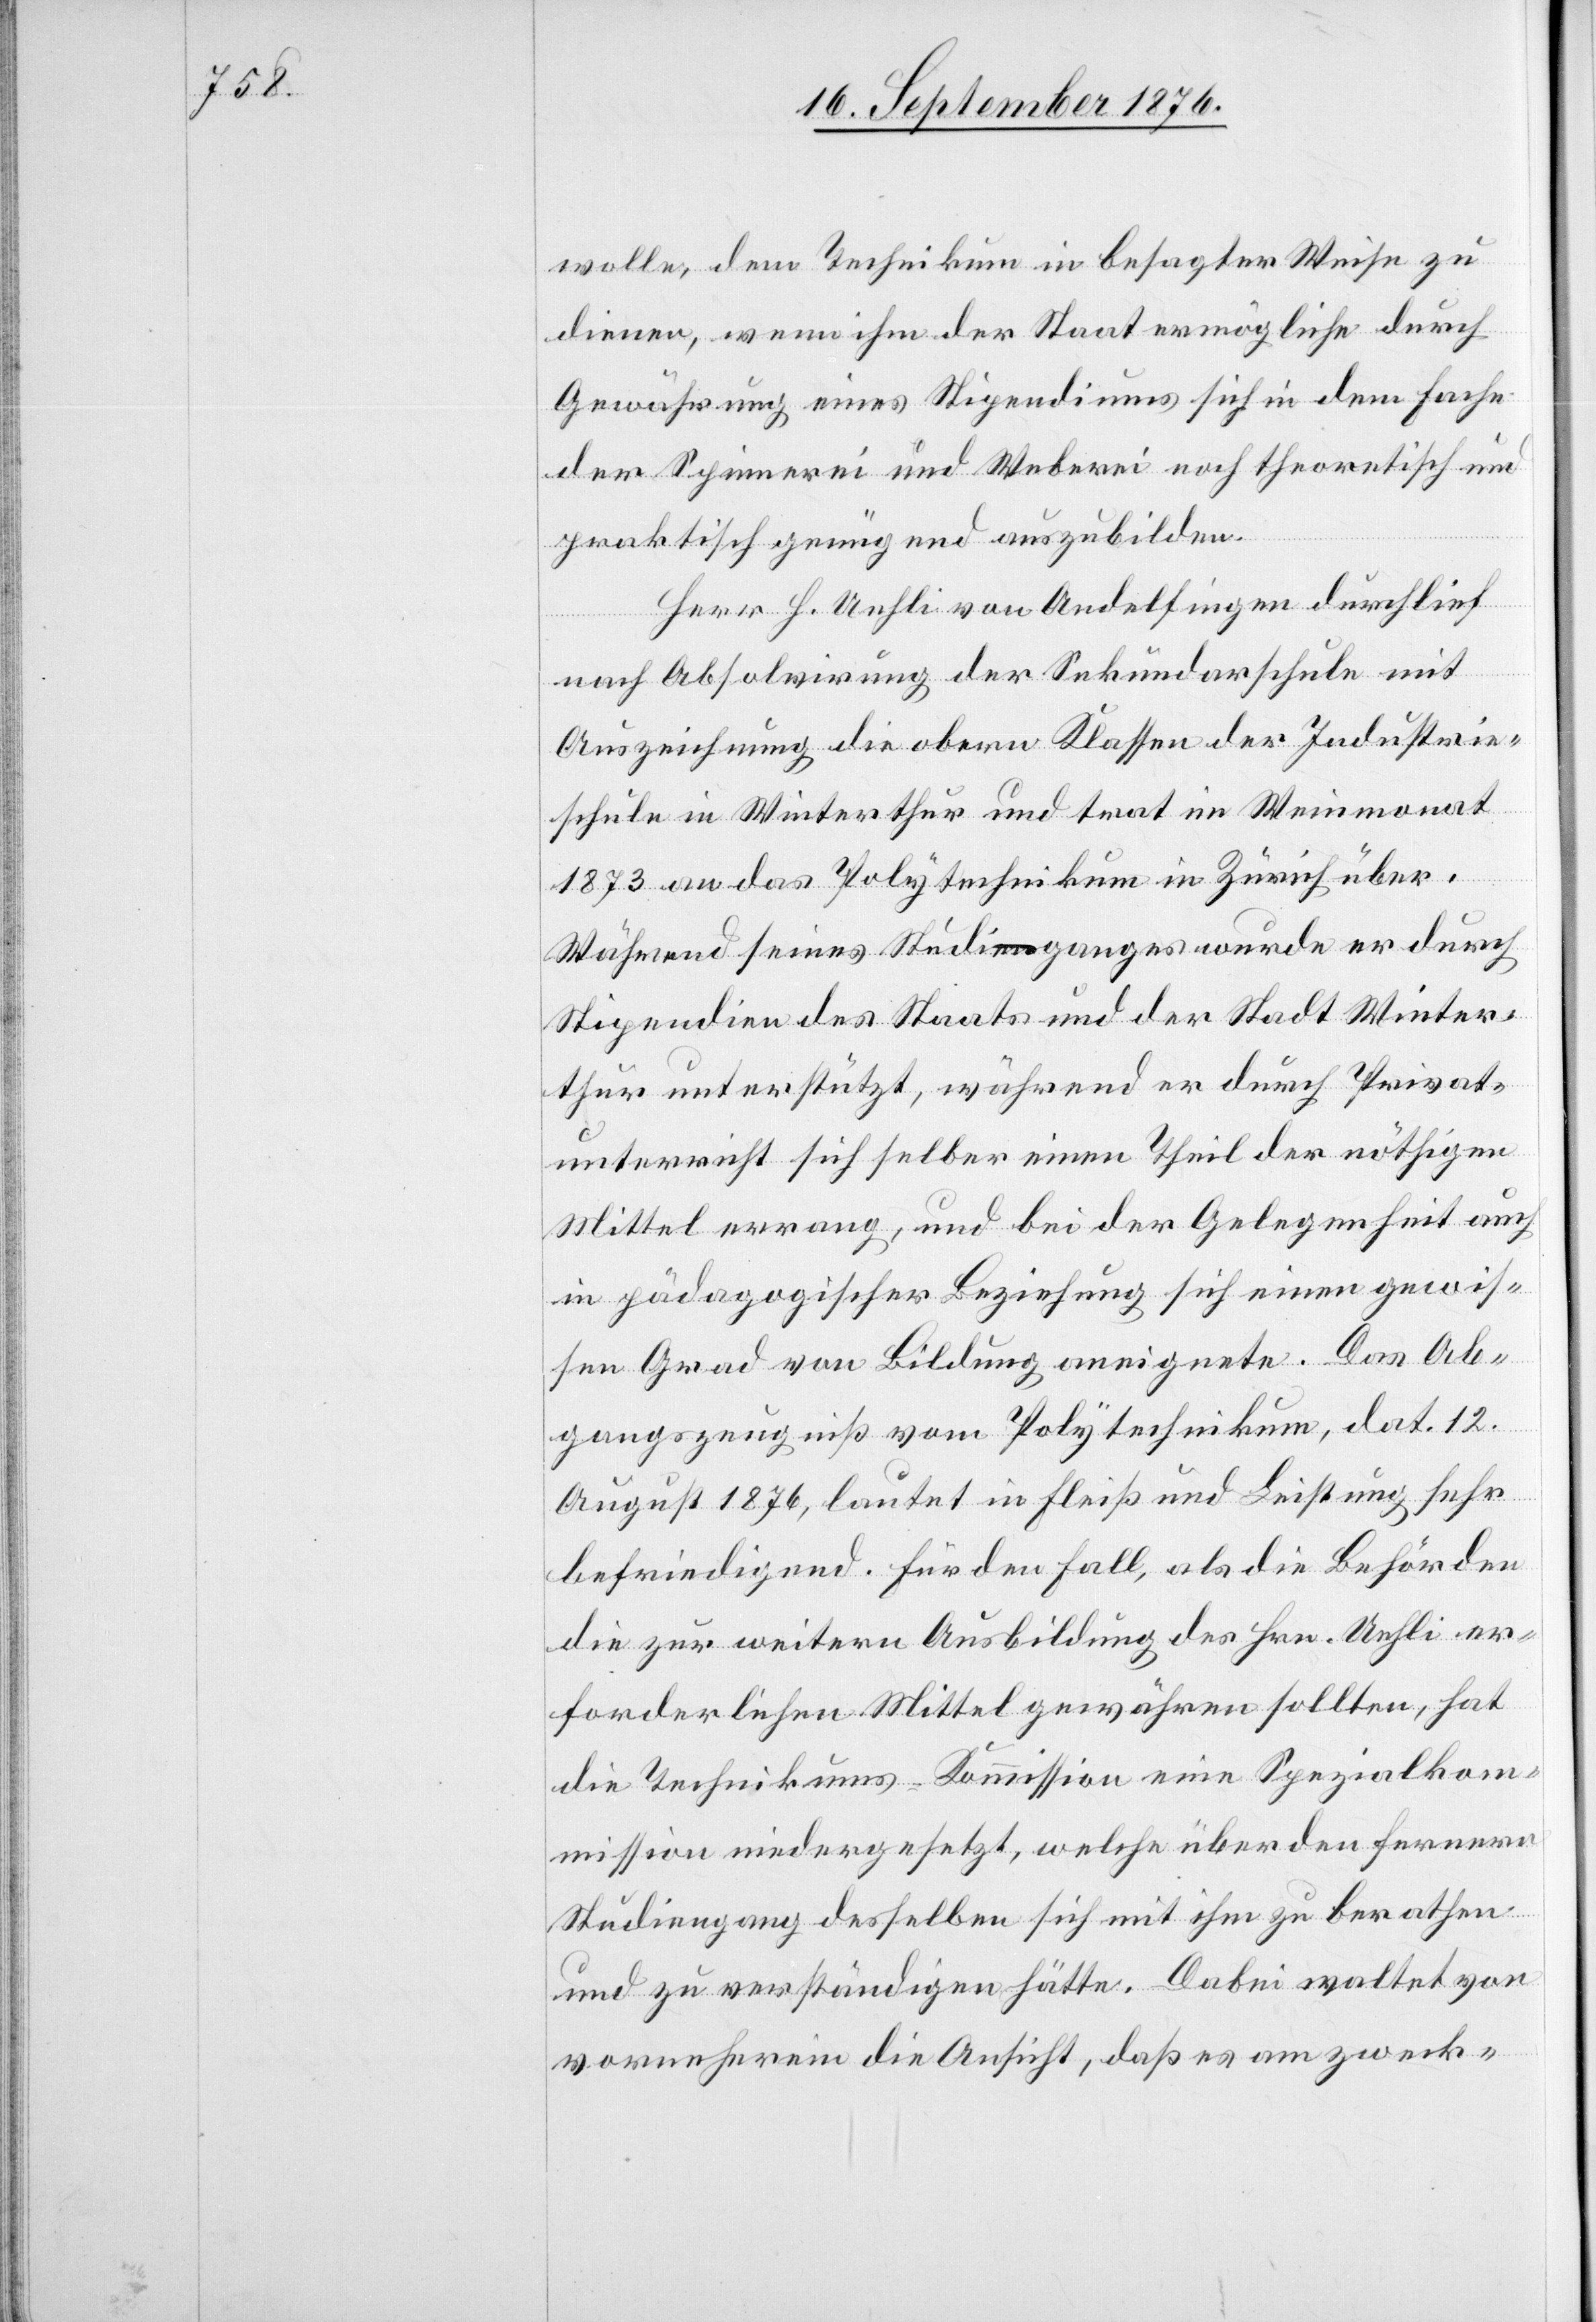
wolle, dem Technikum in besagter Weise zu
dienen, wenn ihm der Staat ermögliche durch
Gewährung eines Stipendiums sich in dem Fache
der Spinnerei und Weberei noch theoretisch und
praktisch genügend auszubilden.
Herr H. Uehli von Andelfingen durchlief
nach Absolvirung der Sekundarschule mit
Auszeichnung die obern Klassen der Industrie¬
schule in Winterthur und trat im Weinmonat
1873 an das Polytechnikum in Zürich über.
Während seines Studienganges wurde er durch
Stipendien des Staats und der Stadt Winter¬
thur unterstützt, während er durch Privat¬
unterricht sich selber einen Theil der nöthigen
Mittel errang, und bei der Gelegenheit auch
in pädagogischer Beziehung sich einen gewis¬
sen Grad von Bildung aneignete. Das Ab¬
gangszeugniß vom Polytechnikum, dat. 12.
August 1876, lautet in Fleiß und Leistung sehr
befriedigend. für den Fall, als die Behörden
die zur weitern Ausbildung des Hrn. Uehli er¬
forderlichen Mittel gewähren sollten, hat
die Technikums-Kommission eine Spezialkom¬
mission niedergesetzt, welche über den fernern
Studiengang desselben sich mit ihm zu berathen
und zu verständigen hätte. Dabei waltet von
vorneherein die Ansicht, daß es am zweck-